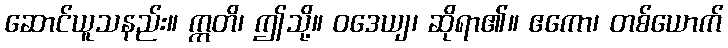
ဆောင်ယူသနည်း။ ဣတိ၊ ဤသို့။ ဝဒေယျ၊ ဆိုရာ၏။ ဧကော၊ တစ်ယောက်